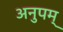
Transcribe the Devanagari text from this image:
अनुपम्